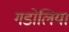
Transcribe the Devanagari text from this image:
गडोलिया